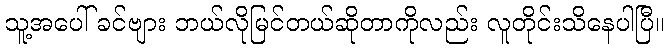
သူ့အပေါ် ခင်ဗျား ဘယ်လိုမြင်တယ်ဆိုတာကိုလည်း လူတိုင်းသိနေပါပြီ။